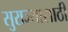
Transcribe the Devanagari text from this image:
सुराज्यासाठी